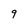
Character: 9